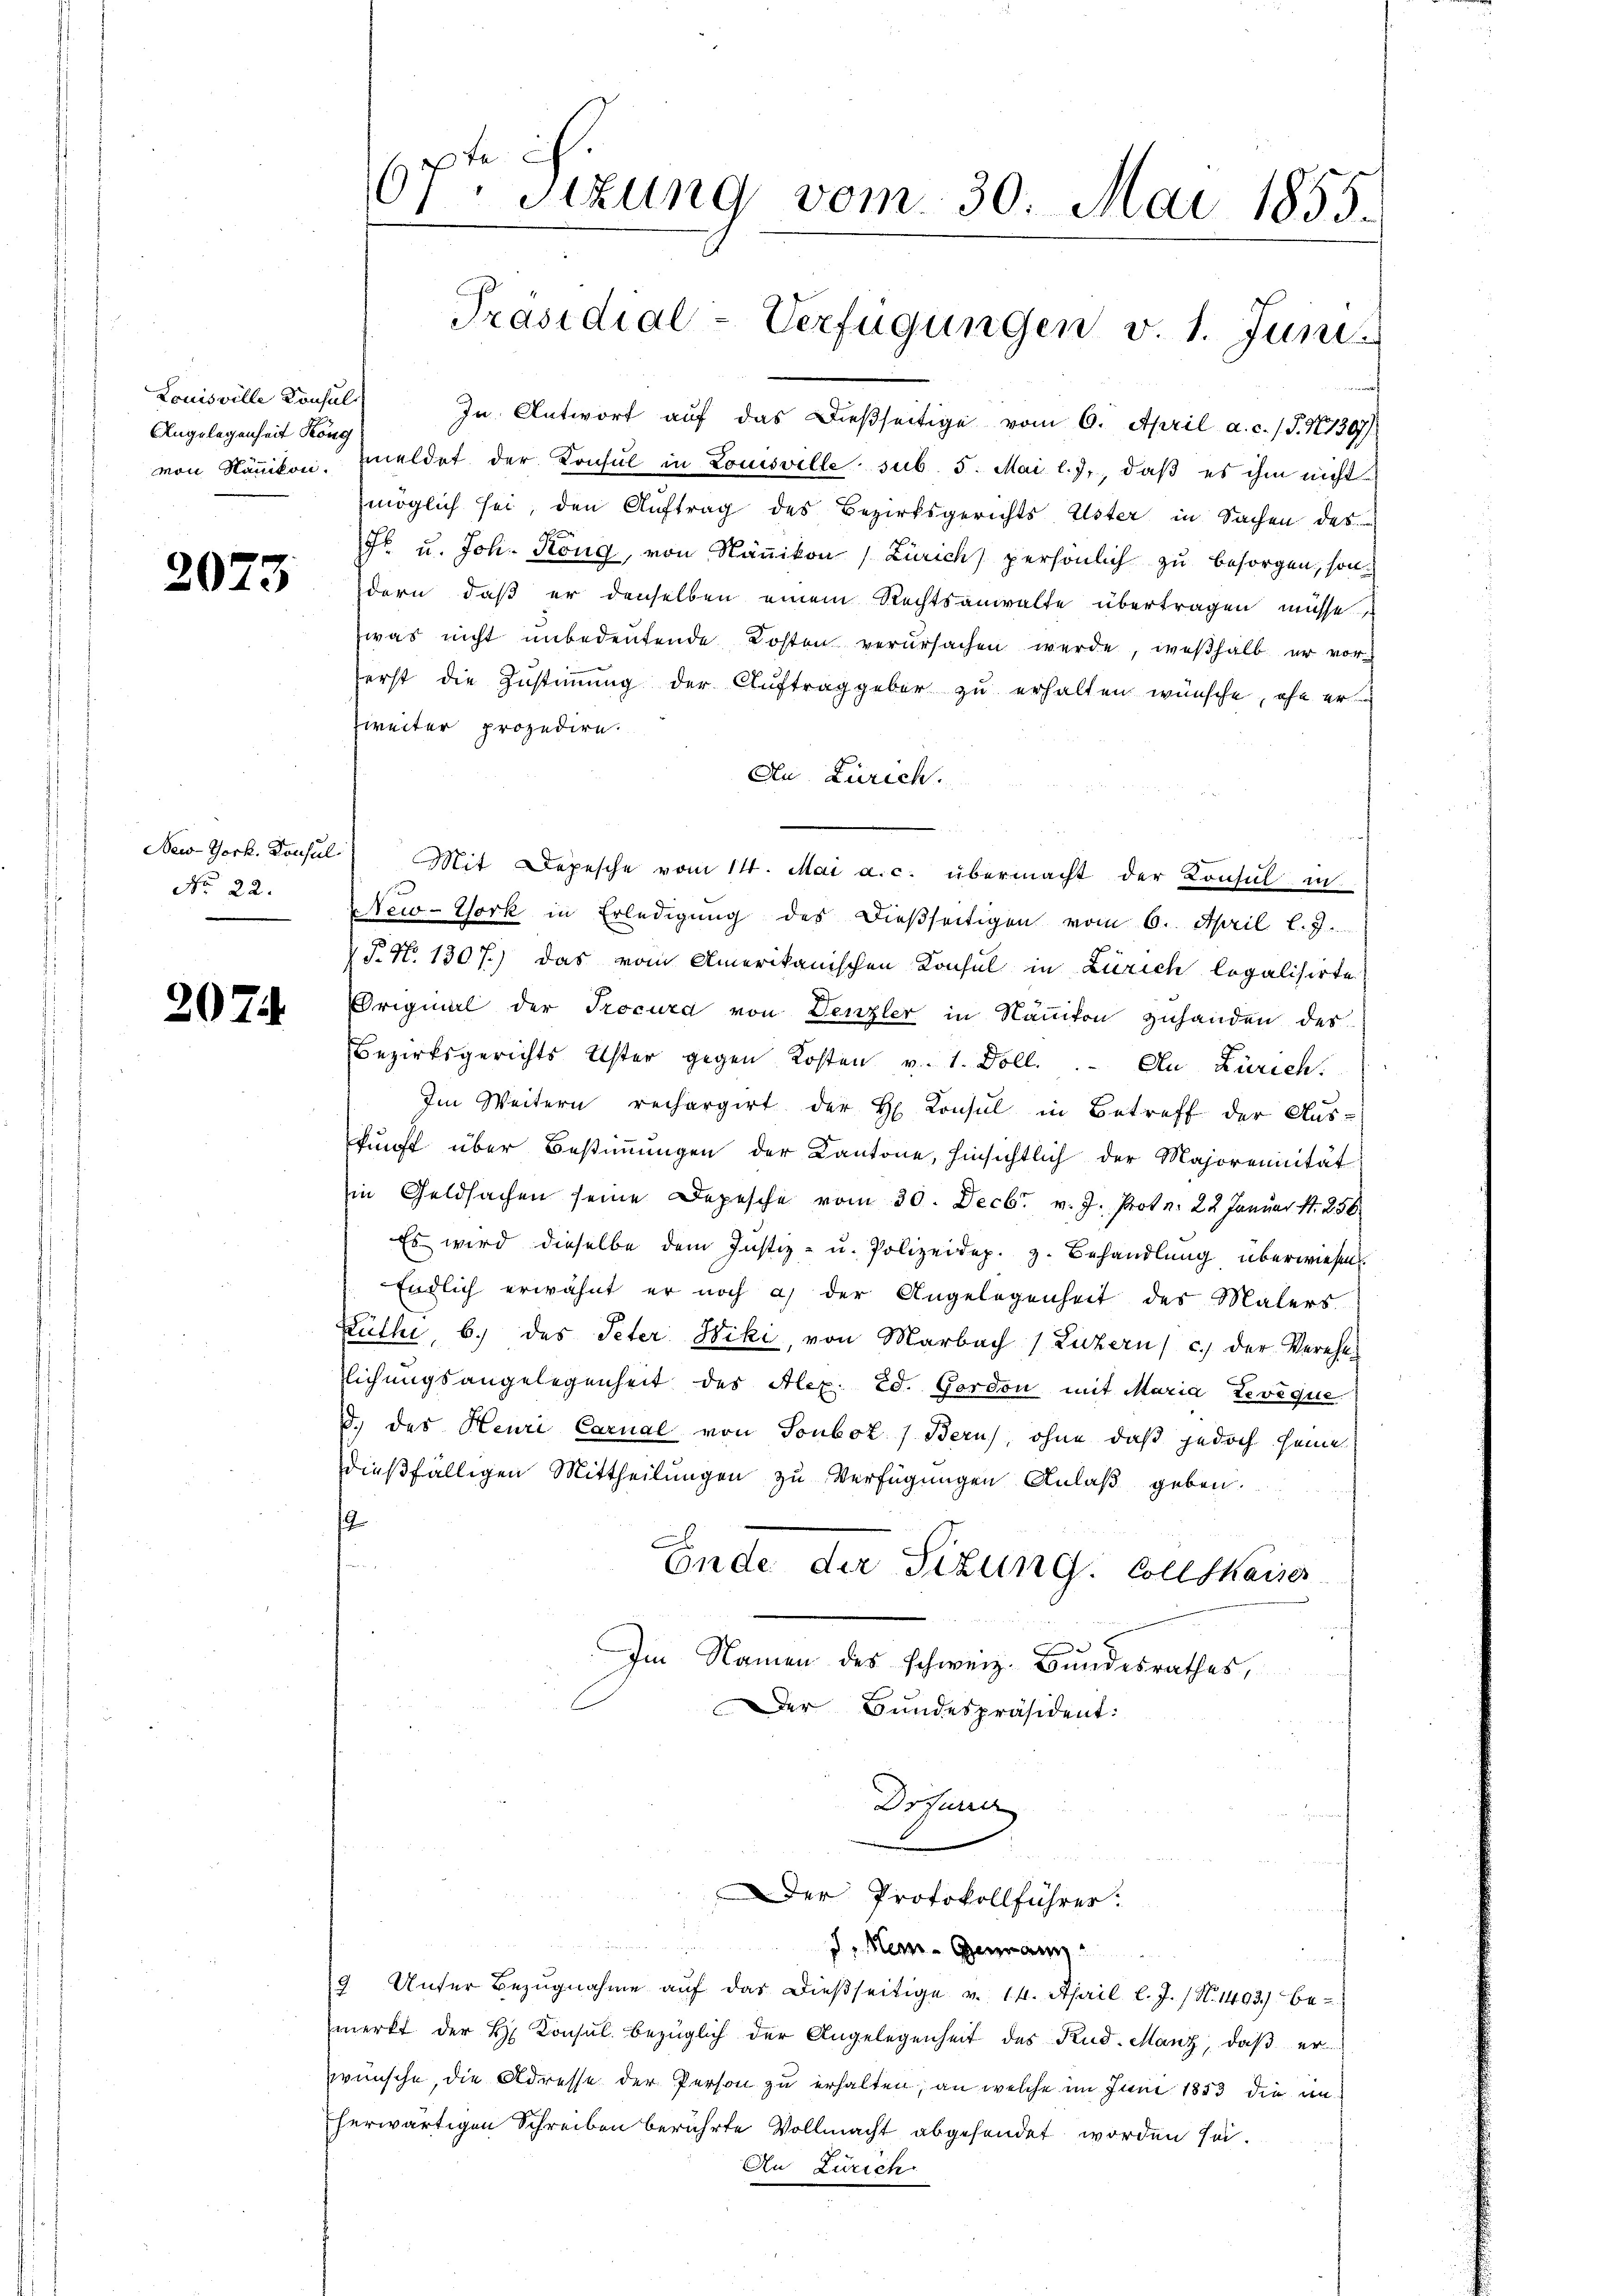
Louisville Konsul-
Angelegenheit Köng

2073

No 22.

2074.

67ten Sizung vom 30. Mai 1855.
Präsidial-Verfügungen v. 1. Juni.

In Antwort auf das dießseitige vom 6. April a. c. (T. N. 1307/
von Nänikon, meldet der Konsul in Louisville sub. 5. Mai l.J., daß es ihm nicht
möglich sei, den Auftrag des Bezirksgerichts Uster in Sachen des
Fr. u. Joh. Köng, von Nänikon) Zürich) persönlich zu besorgen, sondern, daß er denselben einem Rechtsanwalte übertragen müsse
was nicht unbedeutende Kosten verursachen werde, weßhalb er vorerst die Zustimmung der Auftraggeber zu erhalten wünsche, ehe er
zweiter prozedire
Au Zürich.
New-York. Konsul Mit Depesche vom 14. Mai a. c. übermacht der Konsul in
NNew-York in Erledigung des dießseitigen vom 6. April l. J.
T. N. 1307.) Das vom Amerikanischen Konsul in Zürich legalisirte
Original der Trocura von Denzler in Nanton zuhanden des
Bezirksgerichts Uster gegen Kosten v. 1. Doll. An Zürich.
Im Weitern rechargirt der H. Konsul in Betreff der Aus-
kunft über Bestimmungen der Kantone, hinsichtlich der Majorennität
in Geldsachen seine Depesche vom 30. Decbr. v. J. Protn. 22 Januar 1. 256.
Es wird dieselbe dem Justiz- u. Polizeidep. z. Behandlung überwiesen.
Endlich erwähnt er noch a) der Angelegenheit des Malers
Büthe, b.) des Peter Niki, von Marbach (Luzern) c.) der Verehe-
lichungsangelegenheit des Alex. Ed. Gordon mit Maria Tevéque
d.) des Heuri Carnal von Touboz) Bern), ohne daß jedoch seine
dießfälligen Mittheilungen zu Verfügungen Anlaß geben.
G
Ende Sizung. Sollskaiser
Im Namen des schweiz. Bundesrathes,
Der Bundespräsident:
Drturier

32. 184
er Protokollführer:

. Mein Genann
9 Unter Bezŭgnahme aŭf das dieβseitige v. 14. April l. J. (N. 1403) be-
merkt der H. Consul bezüglich der Angelegenheit des Rud. Manz, daβ er
wünsche, die Adresse der Person zu erhalten, an welche im Juni 1853 die in
herwärtigen Schreiben berührte Vollmacht abgesendet worden sei.
An Zürich